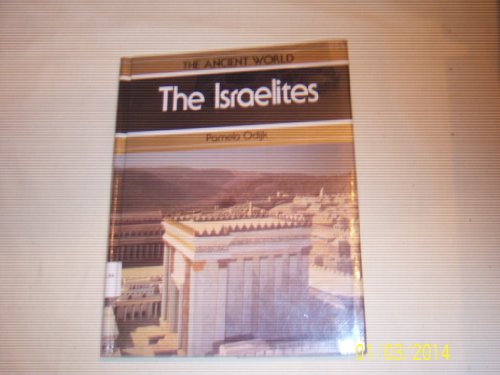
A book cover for The Israelites (Ancient World); Pamela Odijk; Teen & Young Adult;